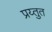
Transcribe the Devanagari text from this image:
प्रय्तुत